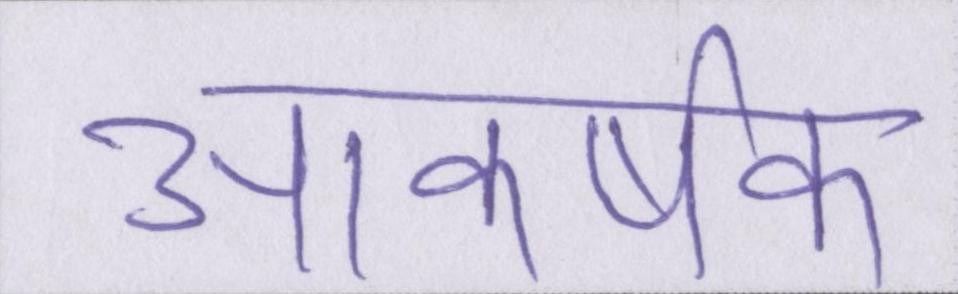
आकर्षक